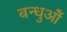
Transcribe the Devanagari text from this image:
बन्धुओँ